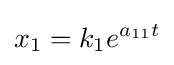
x_{1}=k_{1}e^{a_{11}t}